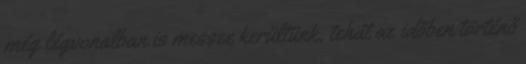
még légvonalban is messze kerültünk, tehát az időben történő